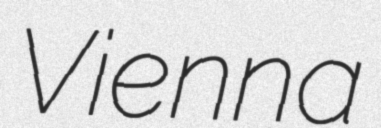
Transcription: Vienna